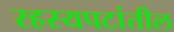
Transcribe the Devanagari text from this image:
रहस्यपटांतील